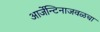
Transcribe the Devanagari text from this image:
आर्जेन्टिनाजवळचा